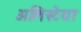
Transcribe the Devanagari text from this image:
अलिस्टेयर